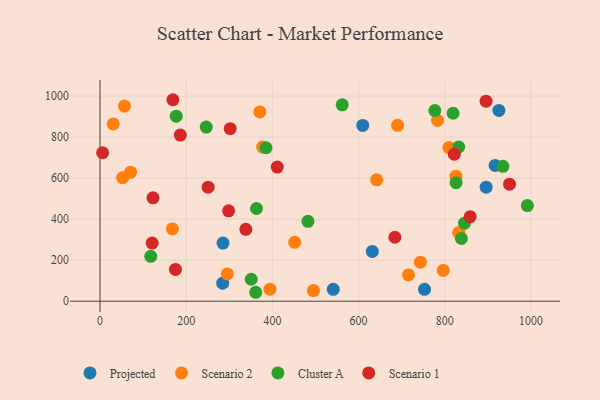
{"axis": {"x": "Engine Size", "y": "Exam Score"}, "legend": ["Cluster A", "Projected", "Scenario 1", "Scenario 2"], "data": [{"x": "609.6", "y": 856.9, "type": "Projected"}, {"x": "541.2", "y": 58.2, "type": "Projected"}, {"x": "916.7", "y": 661.7, "type": "Projected"}, {"x": "752.9", "y": 57.8, "type": "Projected"}, {"x": "925.5", "y": 929.8, "type": "Projected"}, {"x": "284.7", "y": 88.0, "type": "Projected"}, {"x": "896.0", "y": 555.8, "type": "Projected"}, {"x": "285.4", "y": 283.3, "type": "Projected"}, {"x": "631.9", "y": 242.7, "type": "Projected"}, {"x": "52.6", "y": 602.3, "type": "Scenario 2"}, {"x": "56.7", "y": 951.3, "type": "Scenario 2"}, {"x": "715.8", "y": 128.3, "type": "Scenario 2"}, {"x": "495.2", "y": 52.1, "type": "Scenario 2"}, {"x": "743.3", "y": 190.2, "type": "Scenario 2"}, {"x": "451.9", "y": 287.2, "type": "Scenario 2"}, {"x": "70.9", "y": 629.2, "type": "Scenario 2"}, {"x": "832.5", "y": 334.8, "type": "Scenario 2"}, {"x": "295.4", "y": 132.8, "type": "Scenario 2"}, {"x": "783.2", "y": 881.0, "type": "Scenario 2"}, {"x": "377.3", "y": 751.5, "type": "Scenario 2"}, {"x": "394.3", "y": 58.6, "type": "Scenario 2"}, {"x": "796.5", "y": 150.3, "type": "Scenario 2"}, {"x": "370.8", "y": 922.7, "type": "Scenario 2"}, {"x": "30.7", "y": 864.3, "type": "Scenario 2"}, {"x": "825.8", "y": 609.3, "type": "Scenario 2"}, {"x": "809.6", "y": 748.8, "type": "Scenario 2"}, {"x": "167.9", "y": 352.5, "type": "Scenario 2"}, {"x": "690.6", "y": 857.4, "type": "Scenario 2"}, {"x": "642.0", "y": 591.7, "type": "Scenario 2"}, {"x": "832.2", "y": 751.6, "type": "Cluster A"}, {"x": "845.8", "y": 380.3, "type": "Cluster A"}, {"x": "776.9", "y": 929.3, "type": "Cluster A"}, {"x": "482.4", "y": 389.3, "type": "Cluster A"}, {"x": "991.6", "y": 466.2, "type": "Cluster A"}, {"x": "176.8", "y": 901.8, "type": "Cluster A"}, {"x": "838.6", "y": 305.6, "type": "Cluster A"}, {"x": "934.9", "y": 657.3, "type": "Cluster A"}, {"x": "385.2", "y": 748.0, "type": "Cluster A"}, {"x": "363.1", "y": 452.0, "type": "Cluster A"}, {"x": "117.8", "y": 218.7, "type": "Cluster A"}, {"x": "361.3", "y": 43.6, "type": "Cluster A"}, {"x": "826.2", "y": 577.9, "type": "Cluster A"}, {"x": "562.0", "y": 957.2, "type": "Cluster A"}, {"x": "350.9", "y": 107.1, "type": "Cluster A"}, {"x": "819.2", "y": 916.3, "type": "Cluster A"}, {"x": "246.5", "y": 849.0, "type": "Cluster A"}, {"x": "298.4", "y": 440.5, "type": "Scenario 1"}, {"x": "895.7", "y": 975.0, "type": "Scenario 1"}, {"x": "123.0", "y": 504.0, "type": "Scenario 1"}, {"x": "858.9", "y": 412.1, "type": "Scenario 1"}, {"x": "302.1", "y": 840.8, "type": "Scenario 1"}, {"x": "950.2", "y": 570.5, "type": "Scenario 1"}, {"x": "338.4", "y": 350.4, "type": "Scenario 1"}, {"x": "411.3", "y": 654.0, "type": "Scenario 1"}, {"x": "250.9", "y": 555.8, "type": "Scenario 1"}, {"x": "175.1", "y": 155.2, "type": "Scenario 1"}, {"x": "186.3", "y": 809.7, "type": "Scenario 1"}, {"x": "684.2", "y": 311.8, "type": "Scenario 1"}, {"x": "822.1", "y": 716.5, "type": "Scenario 1"}, {"x": "169.1", "y": 982.1, "type": "Scenario 1"}, {"x": "121.0", "y": 283.4, "type": "Scenario 1"}, {"x": "6.1", "y": 723.6, "type": "Scenario 1"}]}